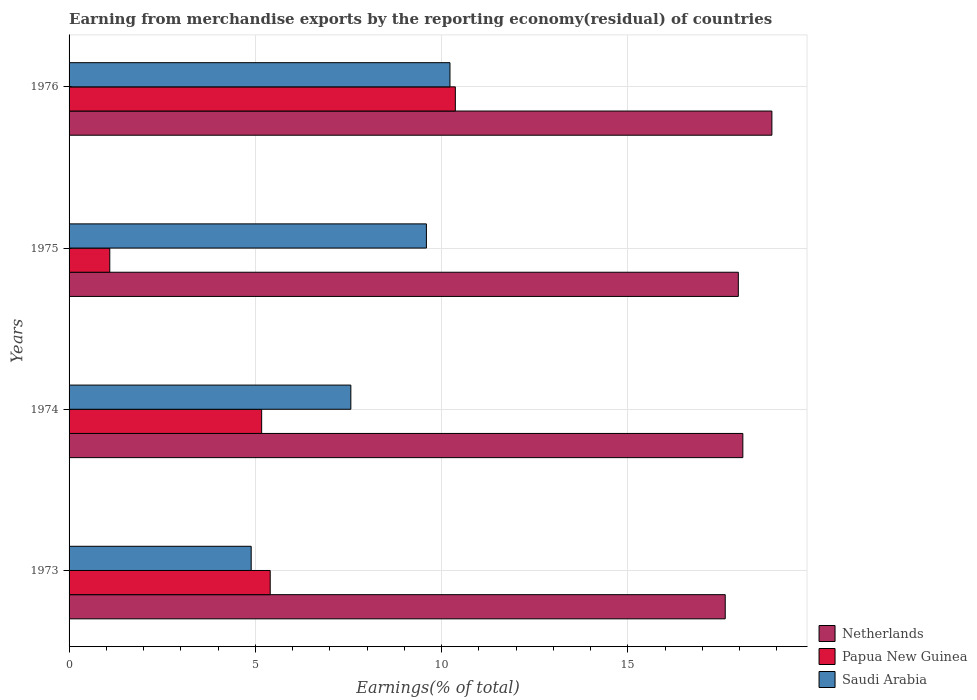
| Years | Netherlands | Papua New Guinea | Saudi Arabia |
 | --- | --- | --- | --- |
 | 1973 | 17.6 | 5.4 | 4.89 |
 | 1974 | 18.1 | 5.17 | 7.56 |
 | 1975 | 18 | 1.09 | 9.59 |
 | 1976 | 18.9 | 10.4 | 10.2 |